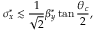
\sigma _ { x } ^ { * } \lesssim \frac { 1 } { \sqrt { 2 } } \beta _ { y } ^ { * } \tan \frac { \theta _ { c } } { 2 } ,